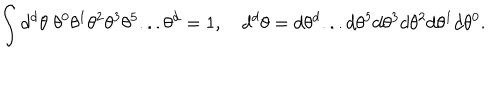
LaTeX: \int d ^ { d } \theta \; \theta ^ { 0 } \theta ^ { 1 } \theta ^ { 2 } \theta ^ { 3 } \theta ^ { 5 } . . . \theta ^ { d } = 1 , \quad d ^ { d } \theta = d \theta ^ { d } . . . d \theta ^ { 5 } d \theta ^ { 3 } d \theta ^ { 2 } d \theta ^ { 1 } d \theta ^ { 0 } .